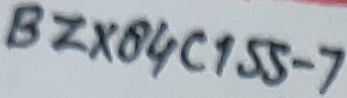
Text: BZX84C155-7